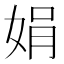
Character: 娟